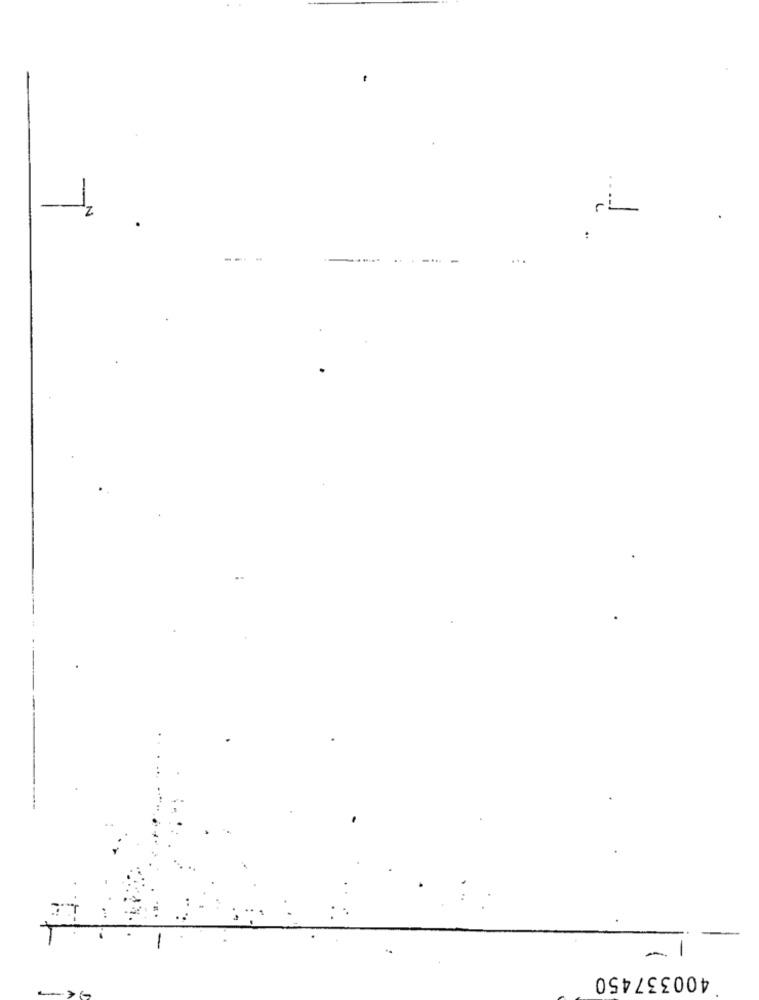
2,
..
400337450